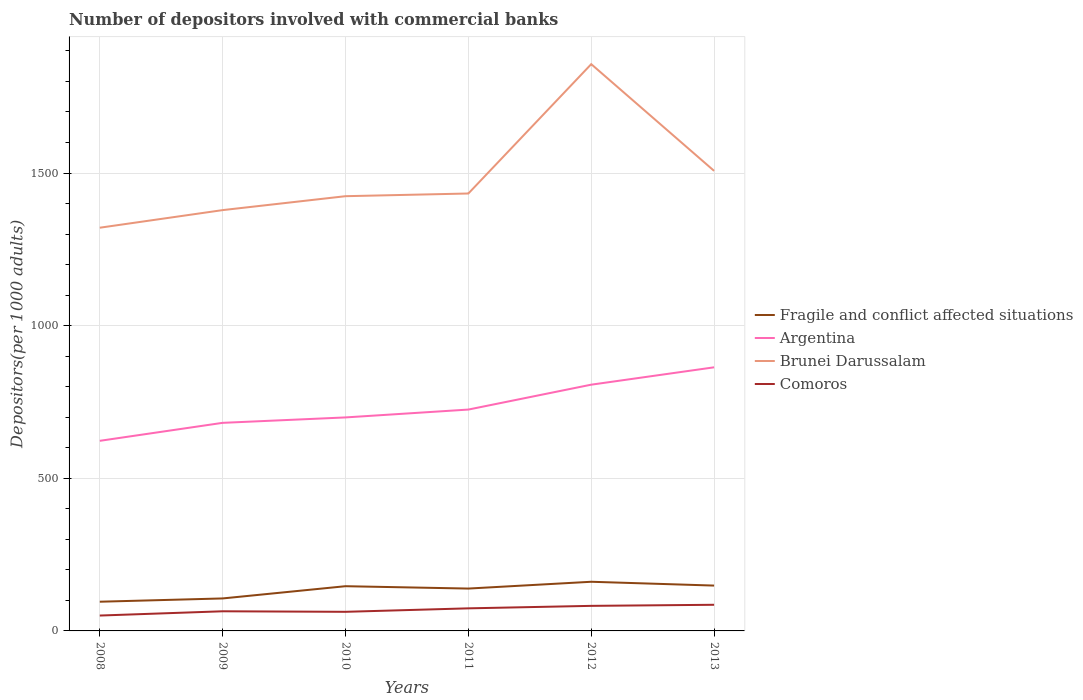
| Years | Fragile and conflict affected situations | Argentina | Brunei Darussalam | Comoros |
 | --- | --- | --- | --- | --- |
 | 2008 | 95.7 | 623 | 1.32e+03 | 50.4 |
 | 2009 | 106 | 682 | 1.38e+03 | 64.3 |
 | 2010 | 146 | 699 | 1.42e+03 | 62.6 |
 | 2011 | 139 | 725 | 1.43e+03 | 74 |
 | 2012 | 161 | 807 | 1.86e+03 | 82.1 |
 | 2013 | 149 | 864 | 1.51e+03 | 85.6 |